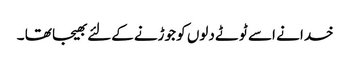
خدا نے اسے ٹوٹے دلوں کو جوڑنے کےلئے بھیجا تھا ۔